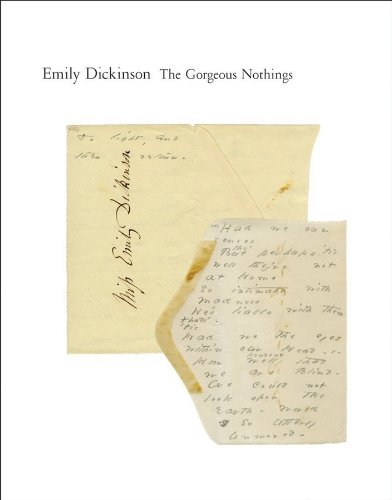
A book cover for The Gorgeous Nothings: Emily Dickinson's Envelope Poems; Emily Dickinson; Literature & Fiction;